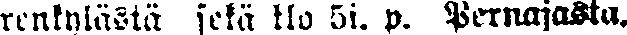
renkylästä sekä klo 5i. p. Pernajasta.